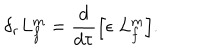
LaTeX: \delta _ { r } L _ { f } ^ { m } = \frac { d } { d \tau } \Bigl [ \epsilon \; L _ { f } ^ { m } \Bigr ] .